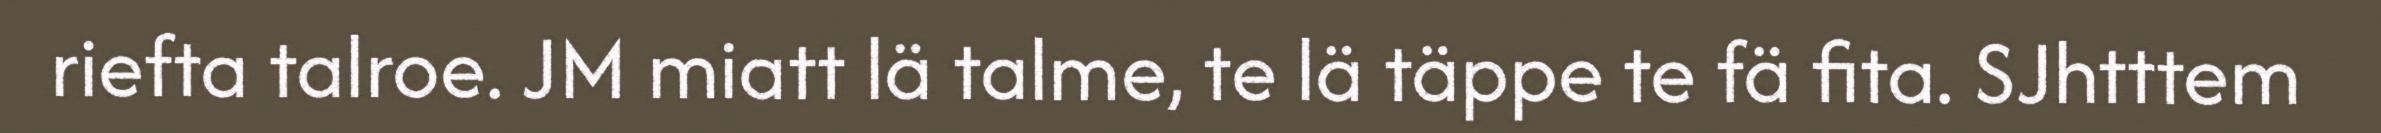
riefta talroe. JM miatt lä talme, te lä täppe te fä fita. SJhtttem